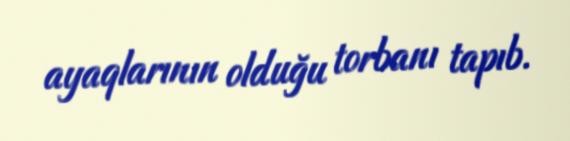
ayaqlarının olduğu torbanı tapıb.